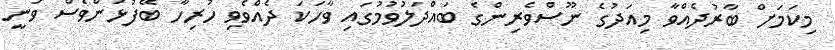
މިކަމަށް ބާރުދެއްވާ މިއަދުގެ ނޫސްވެރިންގެ ބައްދަލުވުމުގައި ވާހަކަ ދެއްވެވި ހުރިހާ ބޭފުޅުންވެސް ވަނީ